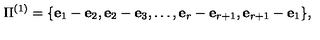
\Pi ^ { ( 1 ) } = \{ { \bf e } _ { 1 } - { \bf e } _ { 2 } , { \bf e } _ { 2 } - { \bf e } _ { 3 } , \ldots , { \bf e } _ { r } - { \bf e } _ { r + 1 } , { \bf e } _ { r + 1 } - { \bf e } _ { 1 } \} ,